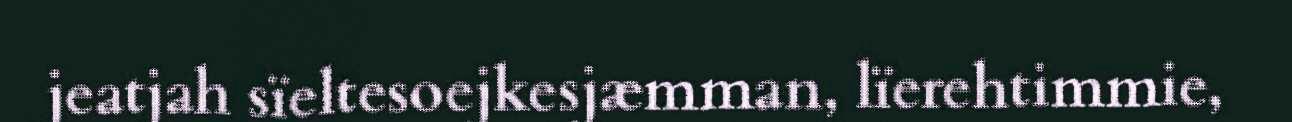
jeatjah sïeltesoejkesjæmman, lïerehtimmie,